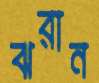
ঝরান